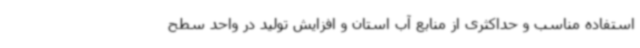
استفاده مناسب و حداکثری از منابع آب استان و افزایش تولید در واحد سطح